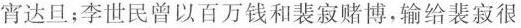
宵达旦；李世民曾以百万钱和裴寂赌博，输给裴寂很